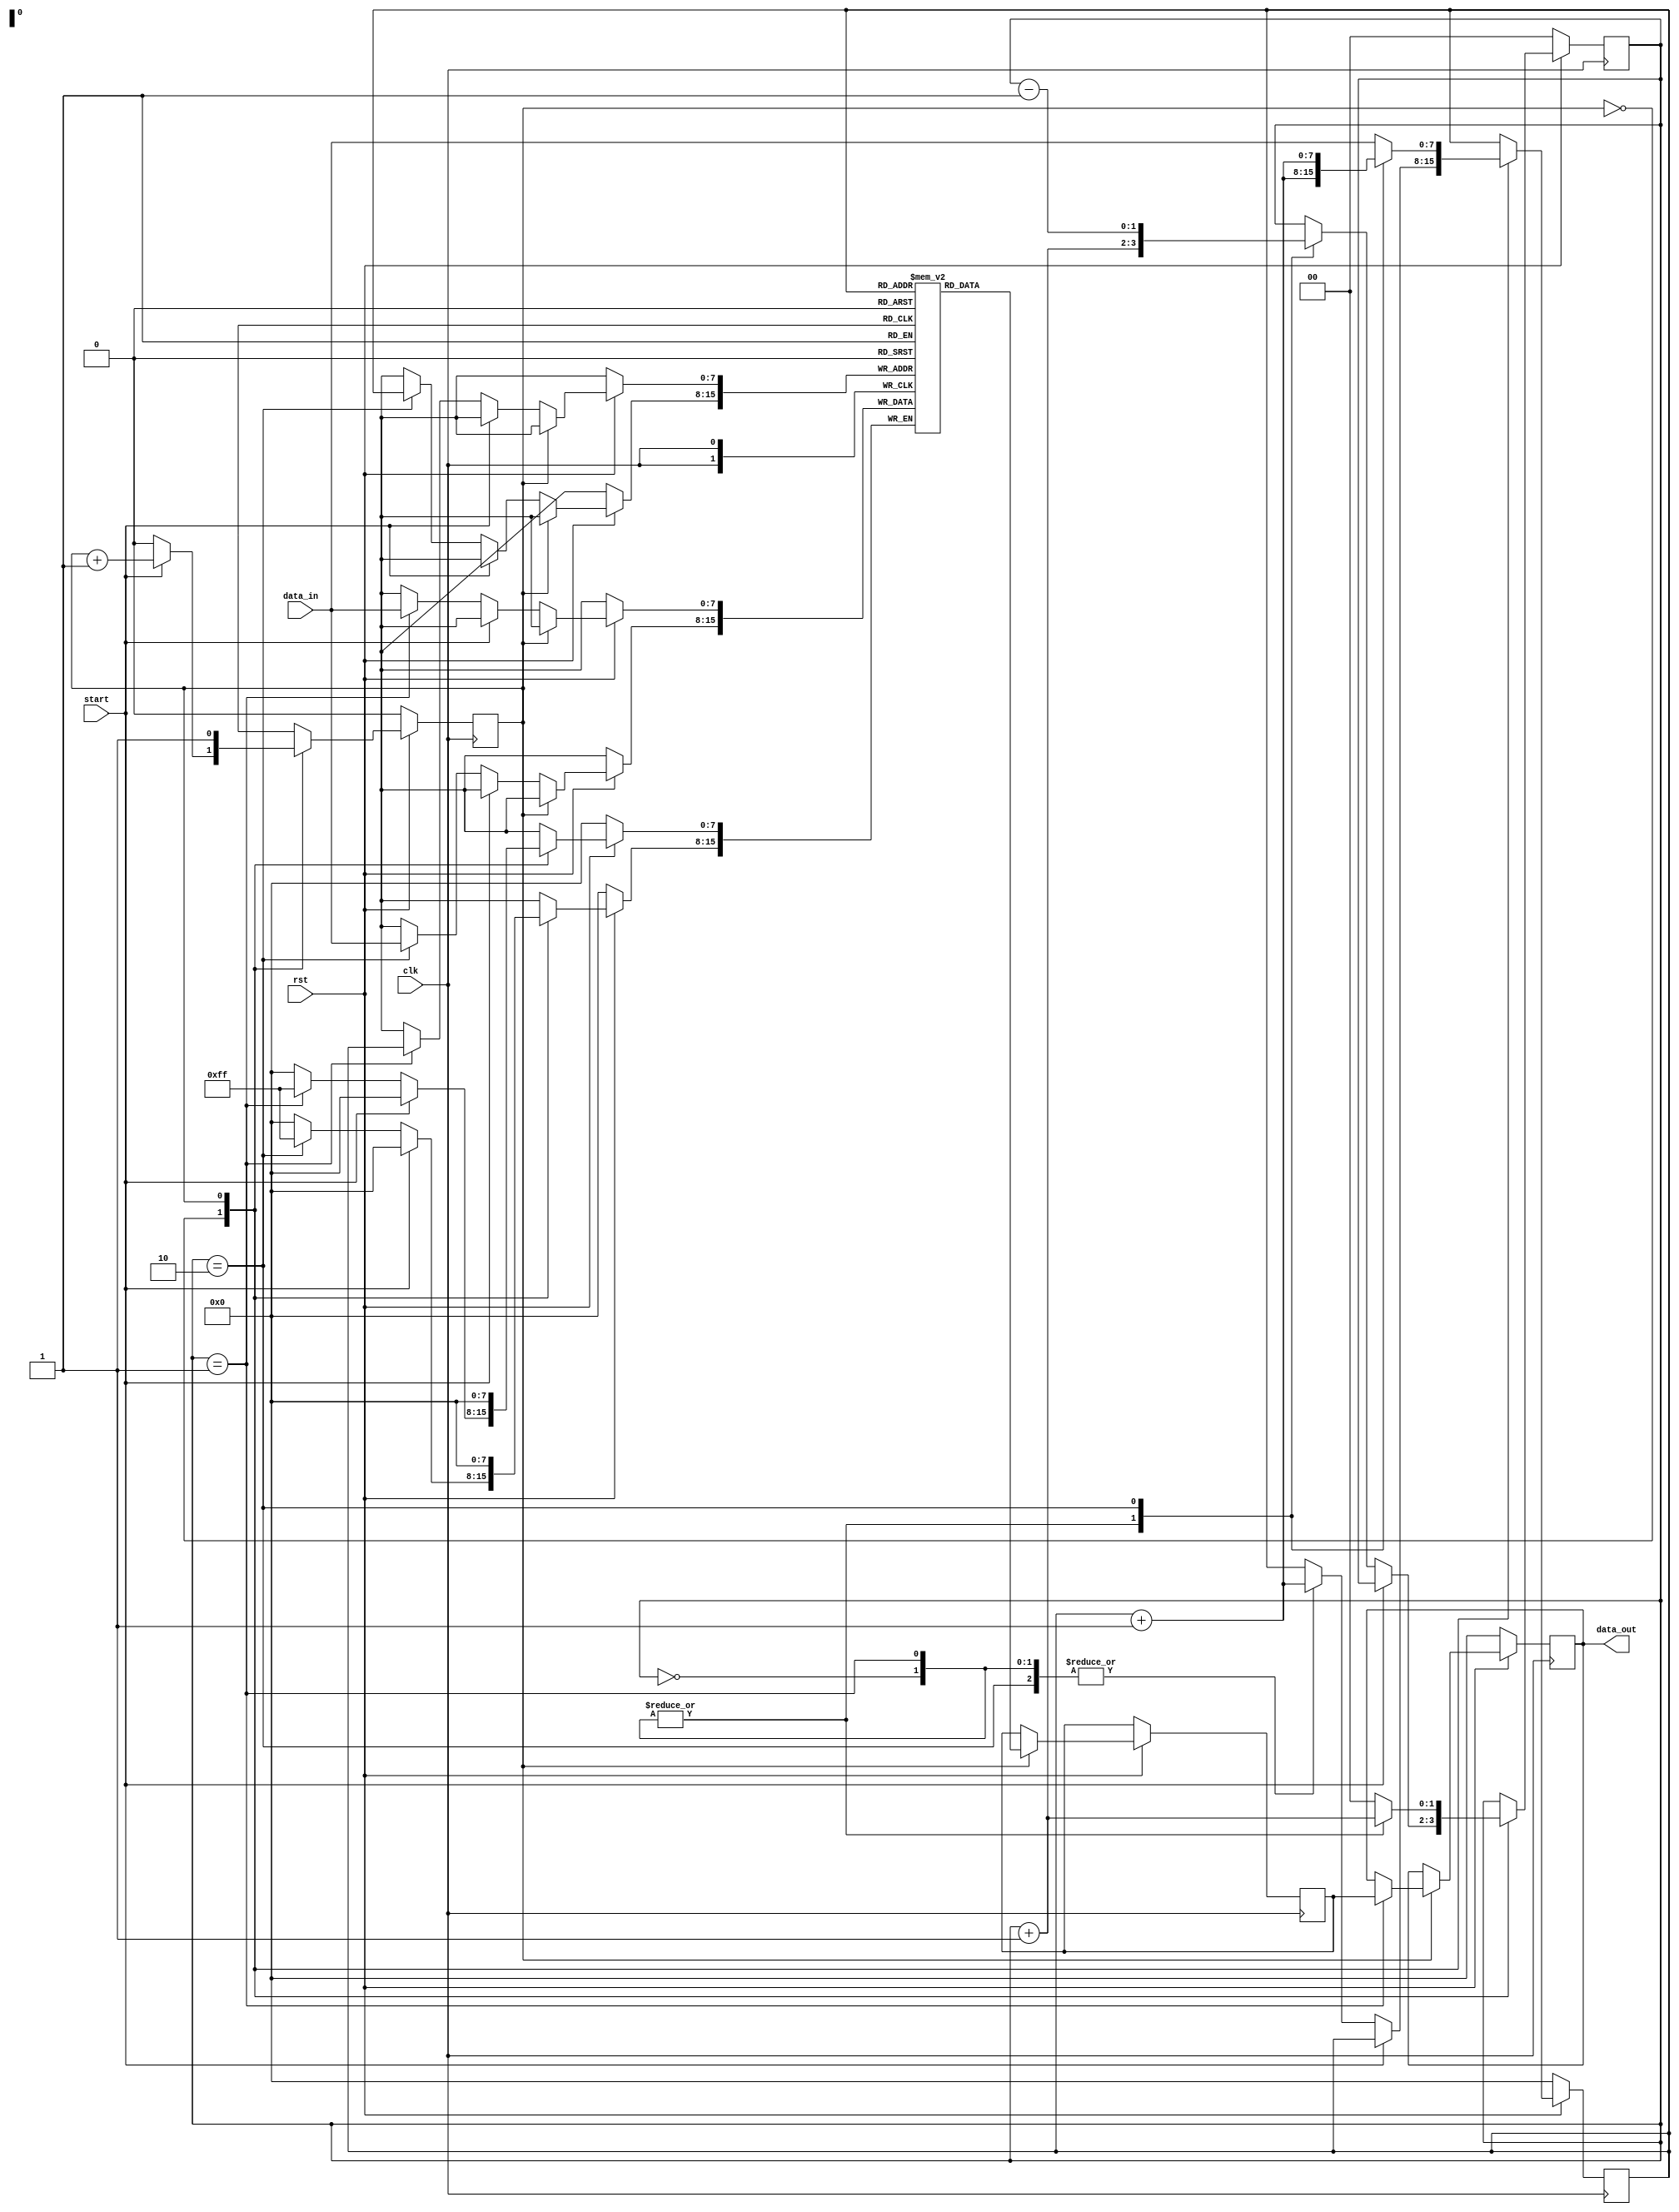
module processor(clk,rst,start,data_in,data_out);
input clk;
input rst; //rst will stop processor and make every thing zero m_rst resets memory
input start; // starts the processing
input [7:0]data_in;// input to be stored in mem processed by ALU
output [7:0]data_out;

reg [7:0]mem[0:255];//onsite memory
reg [7:0]A;
reg [7:0]B;
// reg [7:0]C; // 3 registers special registers
reg [7:0]PC;
reg [3:0]op_c;
reg state;
reg [1:0]counter; 
reg [7:0]temp;

wire [7:0]ALU_result;

parameter WRITE = 1'b0;//start writing to memory when start = 0
parameter READ = 1'b1;// start reading memory when start = 1

parameter M_Reg = 8'h26; // memeory register
// opeartion declaration
parameter NOP = 4'h0;
parameter MOVA = 4'h1;
parameter MOVB = 4'h2;
parameter MOVAM = 4'h9;
parameter MOVBM = 4'ha;
parameter MOVM = 4'hc;
parameter ADD = 4'h3;
parameter SUB = 4'h6;
// parameter MULT = 4'h7; // unsigned multiplication
// parameter DIV = 4'h4;
parameter HALT = 4'h8;

always @(posedge clk) begin
    if (!rst) begin
        state <= 1'b0;
        A <= 8'b0;
        B <= 8'b0;
        PC <= 8'b0;
        op_c <= 4'b0;
        counter <= 2'b00;
    end
    else begin
    case (state)
        WRITE : begin
             if (start) begin
                state <= state + 1'b1;
            end 
            else begin
                state = state;
                case (counter)
                    2'b00 : begin
                        PC <= data_in; // recording the starting address
                        PC <= PC + 1'b1; // increment program conter
                        counter <= counter + 1'b1;
                    end
                    2'b01: begin
                        mem[PC] <= data_in; // saving the instruction in address
                        PC <= PC+1'b1; // increment the Program Counter
                        counter <= counter + 1'b1;
                    end
                    2'b10: begin
                        mem[PC] <= data_in; // save the data 
                        PC <= PC+1'b1;
                        counter <= counter - 1'b1;
                    end
                endcase
            end
        end 
        READ : begin
            PC <= data_in;
            counter <= 2'b00;
            temp <= mem[PC];
            case (counter)
                2'b00 : begin
                    op_c <= temp[3:0];
                    PC <= PC+1'b1;
                    counter <= counter+1'b1;
                end
                2'b01 :begin
                    A <= temp;
                    PC <= PC+1'b1;
                    counter <= counter+1'b1;
                end
                2'b10 :begin
                    B <= temp;
                    PC <= PC+1;
                    counter <= 2'b00;
                end
            endcase
        end   
    endcase    
    end
end
assign data_out = A;

endmodule